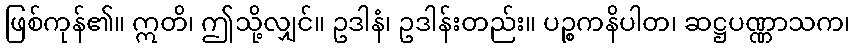
ဖြစ်ကုန်၏။ ဣတိ၊ ဤသို့လျှင်။ ဥဒါနံ၊ ဥဒါန်းတည်း။ ပဉ္စကနိပါတ၊ ဆဋ္ဌပဏ္ဏာသက၊